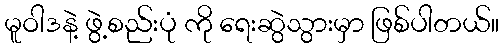
မူဝါဒနဲ့ ဖွဲ့စည်းပုံ ကို ရေးဆွဲသွားမှာ ဖြစ်ပါတယ်။